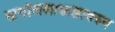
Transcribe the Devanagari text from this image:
खगोलशास्त्रज्ञावरुन